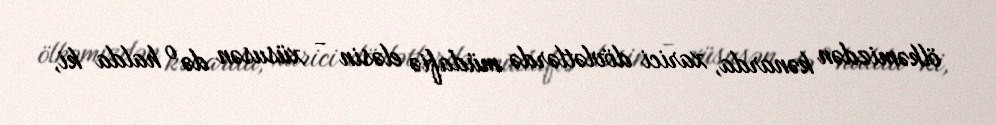
ölkəmizdən kənarda, xarici dövlətlərdə müdafiə eləsin - xüsusən də o halda ki,